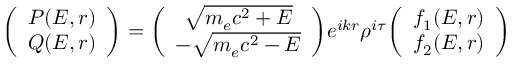
\biggl ( \begin{array} { c c } { P ( E , r ) } \\ { Q ( E , r ) } \end{array} \biggr ) = \biggl ( \begin{array} { c c } { \sqrt { m _ { e } c ^ { 2 } + E } } \\ { - \sqrt { m _ { e } c ^ { 2 } - E } } \end{array} \biggr ) e ^ { i k r } \rho ^ { i \tau } \biggl ( \begin{array} { c c } { f _ { 1 } ( E , r ) } \\ { f _ { 2 } ( E , r ) } \end{array} \biggr )